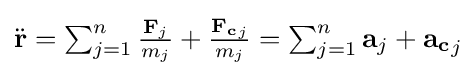
{\textstyle {\ddot {\mathbf {r} }}=\sum _{j=1}^{n}{\frac {\mathbf {F} _{j}}{m_{j}}}+{\frac {\mathbf {F_{c}} _{j}}{m_{j}}}=\sum _{j=1}^{n}\mathbf {a} _{j}+\mathbf {a_{c}} _{j}}